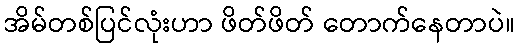
အိမ်တစ်ပြင်လုံးဟာ ဖိတ်ဖိတ် တောက်နေတာပဲ။